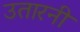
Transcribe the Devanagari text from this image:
उतारनी